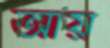
আয়